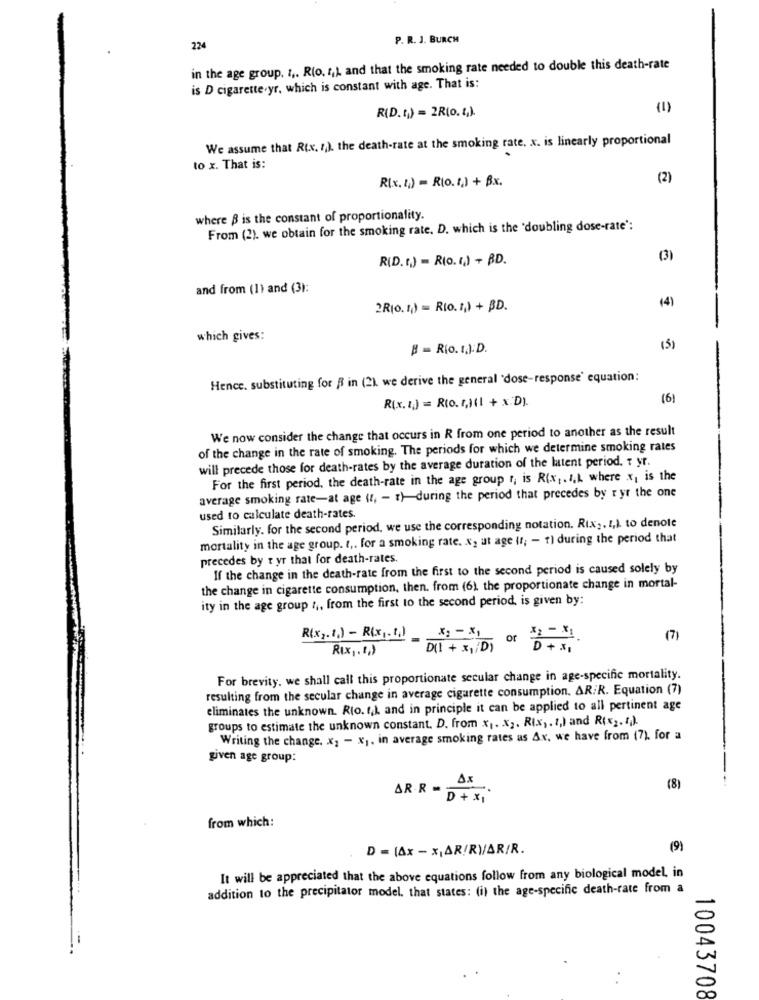
P. R. J. BURCH
224
in the age group, 1 ,. Rio, 4,). and that the smoking rate needed to double this death-rate
is D cigarette.yr, which is constant with age. That is:
R(D. (,) = 2R(0.4).
(1)
We assume that Rtx. 1). the death-rate at the smoking rate. x. is linearly proportional
to x. That is:
R(x. 1) = Rio. r.) + Bx.
(2)
where B is the constant of proportionality.
From (2). we obtain for the smoking rate. D. which is the 'doubling dose-rate':
R(D. () = RIO. (,) + BD.
(3)
and from (1) and (3):
(4)
2RIO. 1) = RIO.1,) + BD.
which gives:
8 = Rio. t.):D.
(5)
Hence. substituting for R in (21. we derive the general 'dose-response' equation:
R(x. 1) = Rto. (2)(1 + x D)
(6)
We now consider the change that occurs in R from one period to another as the result
of the change in the rate of smoking. The periods for which we determine smoking rates
will precede those for death-rates by the average duration of the latent period. T yr.
For the first period, the death-rate in the age group r, is Rix ,. I.L where x, is the
average smoking rate-at age (1, - 1)-during the period that precedes by ryr the one
used to calculate death-rates.
Similarly. for the second period, we use the corresponding notation. Rix ,. I,A to denote
mortality in the age group. t .. for a smoking rate. X, at age (f; - f) during the period that
precedes by t yr that for death-rates
If the change in the death-rate from the first to the second period is caused solely by
the change in cigarette consumption, then. from (6) the proportionate change in mortal-
ity in the age group :,, from the first to the second period, is given by:
R(x2. 1) - R(x1. 1.)
or
(7)
Rix ,. t.)
D(1 + x, /D)
D
For brevity. we shall call this proportionate secular change in age-specific mortality.
resulting from the secular change in average cigarette consumption. AR;R. Equation (7)
eliminates the unknown. Rlo. r.L. and in principle it can be applied to all pertinent age
groups to estimate the unknown constant. D. from x1. x ;. Rix, . 1,) and Rix2. I.).
Writing the change, x1 - x1. in average smoking rates as Ax, we have from (7), for a
given age group:
Ax
AR.R.
(8)
D + X 1
from which:
D = (Ax - XAR/R)/AR/R.
(9)
It will be appreciated that the above equations follow from any biological model, in
addition to the precipitator model. that states: (i) the age-specific death-rate from a
10043708